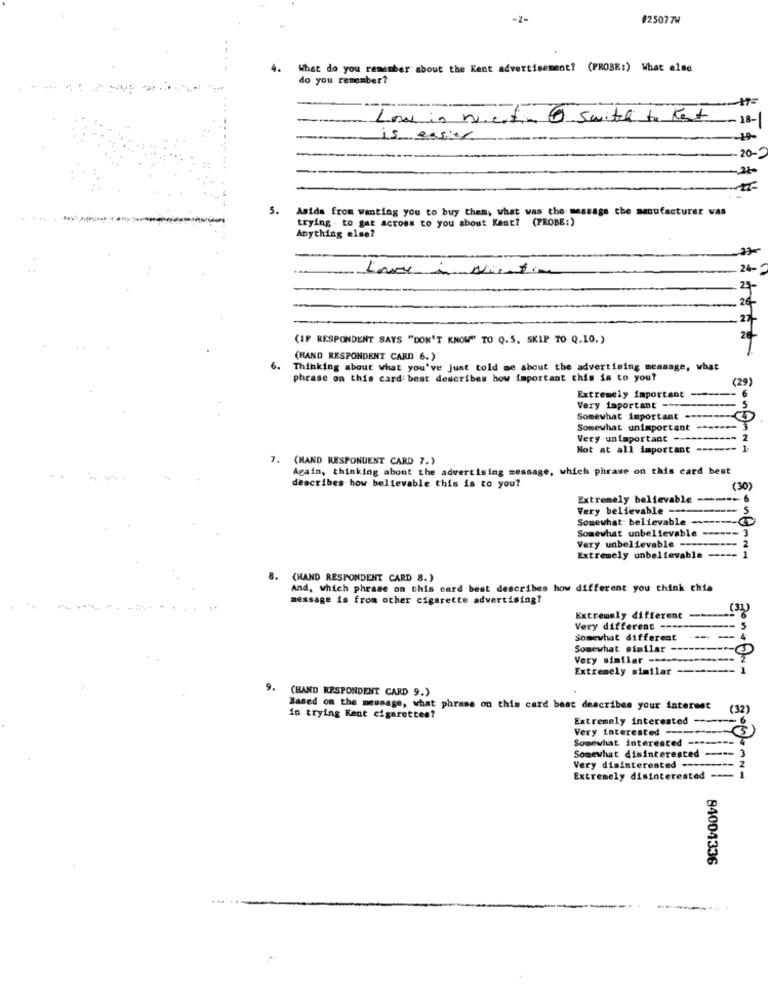
-2-
#25077W
4.
What do you remember about the Kent advertisement? (PROBE:) What else
do you remember?
Low in wienfin @ switch to Kent
- 18-
is easier
-20-
5.
Aside from wanting you to buy them, what was the message the manufacturer was
trying to gar across to you about Kent? (PROBE:)
Anything else?
23
Love is Nichtin
24-
26-
27
(IF RESPONDENT SAYS "DON'T KNOW" TO Q.5, SKIP 70 Q.10.)
(HAND RESPONDENT CARD 6.)
6.
Thinking about what you've just told me about the advertising message, what
phrase on this card best describes how important this is to you?
(29)
Extremely important
Very important --
Somewhat important ====
Somewhat unimportant
Very unimportant ------
Not at all important ------
7. (HAND RESPONDENT CARD 7.)
Again, thinking about the advertising message, which phrase on this card best
describes how believable this is to you?
(30)
Extremely believable ----- 6
Very believable --
- :
Somewhat believable -------- @
Somewhat unbelievable ------ 3
-- 2
Very unbelievable ---
-- 1
Extremely unbelievable
8.
(HAND RESPONDENT CARD 8.)
And, which phrase on this card best describes how different you think this
message is from other cigarette advertising?
Extremely different -------
Very different ----------
Somewhat different
-- - 4
. 4
Somewhat similar ---- 3
Very similar --------------- 2
Extremely similar -------- )
9.
(HAND RESPONDENT CARD 9.)
Based on the message, what phrase on this card best describes your interest
(32)
in trying Kent cigarettes?
Extremely interested ---
Very interested ----
at Interested --------
Somewhat disinterested ---
Very disinterested -----
Extremely disinterested ---
84004336